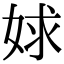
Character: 㛏